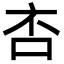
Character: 㕻